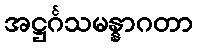
အဋ္ဌင်္ဂသမန္နာဂတာ